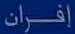
إِفْرَان